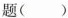
题( )